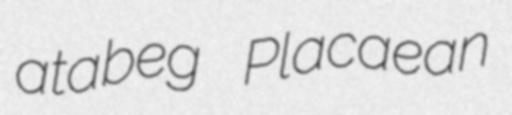
atabeg Placaean